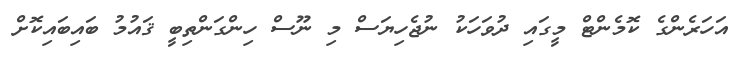
އަހަރެންގެ ކޮމެންޓް މީގައި ދުވަހަކު ނުޖެހިޔަސް މި ނޫސް ހިންގަންތިބީ ޤައުމު ބައިބައިކޮށް